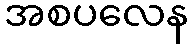
အစပလေန